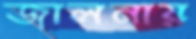
জালনায়